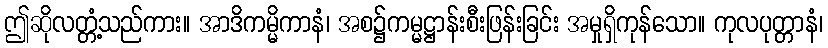
ဤဆိုလတ္တံ့သည်ကား။ အာဒိကမ္မိကာနံ၊ အစ၌ကမ္မဋ္ဌာန်းစီးဖြန်းခြင်း အမှုရှိကုန်သော။ ကုလပုတ္တာနံ၊